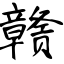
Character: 赣